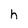
Character: h